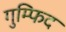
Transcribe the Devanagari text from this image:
गुम्फिद